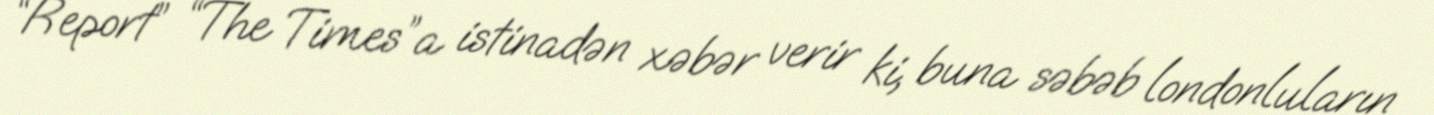
“Report” “The Times”a istinadən xəbər verir ki, buna səbəb londonluların